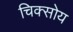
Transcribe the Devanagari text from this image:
चिक्सोय